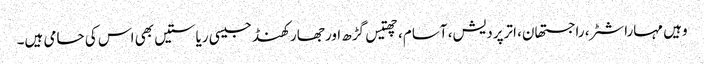
وہیں مہاراشٹر، راجستھان، اترپردیش، آسام، چھتیس گڑھ اور جھارکھنڈ جیسی ریاستیں بھی اس کی حامی ہیں۔